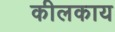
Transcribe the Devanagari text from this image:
कीलकाय